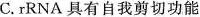
C.rRNA具有自我剪切功能